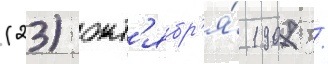
(23) окт'ябр'я́ 1907 /